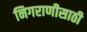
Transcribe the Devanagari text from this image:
निगराणीसाठी